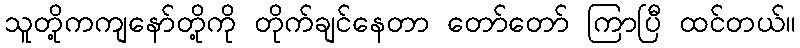
သူတို့ကကျနော်တို့ကို တိုက်ချင်နေတာ တော်တော် ကြာပြီ ထင်တယ်။